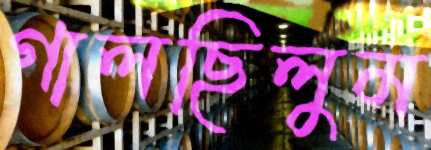
গালছিলুম